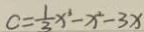
c = \frac { 1 } { 3 } x ^ { 3 } - x ^ { 2 } - 3 x